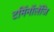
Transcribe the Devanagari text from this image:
टर्मिनॉलॅजि